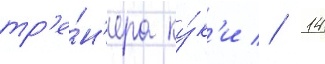
тр'е́н'ера ку́к'и // 14